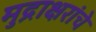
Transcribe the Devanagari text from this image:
मुद्राक्षरांचे